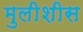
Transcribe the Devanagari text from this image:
मुलीशीस